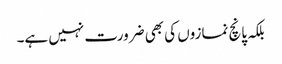
بلکہ پانچ نمازوں کی بھی ضرورت نہیں ہے۔